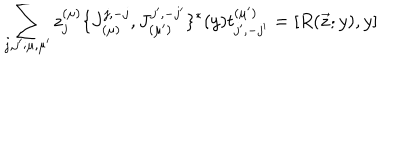
\sum _ { j , j ^ { \prime } ; \mu , \mu ^ { \prime } } z _ { j } ^ { ( \mu ) } \{ J _ { ( \mu ) } ^ { j , - j } , J _ { ( \mu ^ { \prime } ) } ^ { j ^ { \prime } , - j ^ { \prime } } \} ^ { * } ( y ) t _ { j ^ { \prime } , - j ^ { \prime } } ^ { ( \mu ^ { \prime } ) } = [ R ( \vec { z } ; y ) , y ]